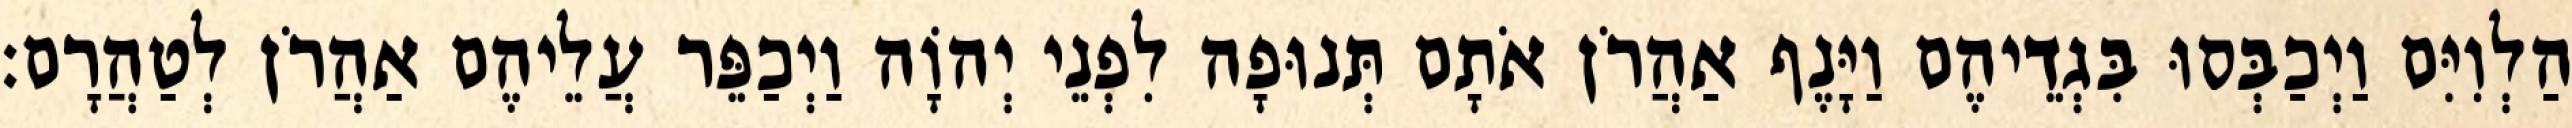
הַלְוִיִּם וַיְכַבְּסוּ בִּגְדֵיהֶם וַיָּנֶף אַהֲרֹן אֹתָם תְּנוּפָה לִפְנֵי יְהוָֹה וַיְכַפֵּר עֲלֵיהֶם אַהֲרֹן לְטַהֲרָם׃